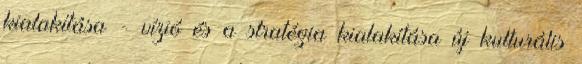
kialakítása - vízió és a stratégia kialakítása új kulturális